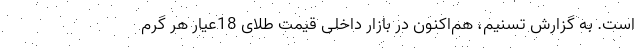
است. به گزارش تسنیم، هم‌اکنون در بازار داخلی قیمت طلای 18عیار هر گرم